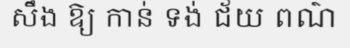
សឹង ឱ្យ កាន់ ទង់ ជ័យ ពណ៌